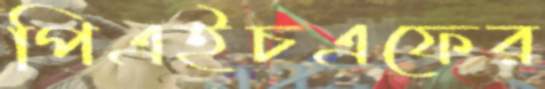
পিএইচএফের